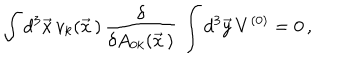
\int d ^ { 3 } \vec { x } \, v _ { k } ( \vec { x } \, ) \, \frac { \delta } { \delta A _ { 0 k } ( \vec { x } \, ) } \, \int d ^ { 3 } \vec { y } \, V ^ { ( 0 ) } = 0 \, ,